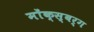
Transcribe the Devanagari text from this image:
मोंक्स्बर्ग